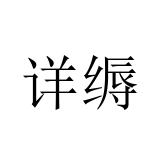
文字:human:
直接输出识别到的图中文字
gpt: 详缛